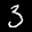
Label: 3